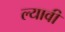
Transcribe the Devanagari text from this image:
ल्यावी